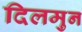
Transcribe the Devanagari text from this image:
दिलमुन